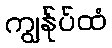
ကျွန်ုပ်ထံ